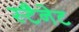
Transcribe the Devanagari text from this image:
स्टैनेट